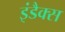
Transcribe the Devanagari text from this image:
इंडैक्स